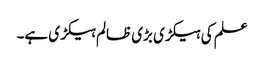
علم کی ہیکڑی بڑی ظالم ہیکڑی ہے۔